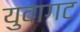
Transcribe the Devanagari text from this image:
युवागट